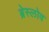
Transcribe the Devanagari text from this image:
ब्रेस्लोव